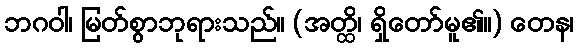
ဘဂဝါ၊ မြတ်စွာဘုရားသည်။ (အတ္ထိ၊ ရှိတော်မူ၏။) တေန၊